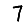
Digit: 7